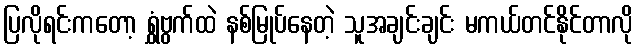
ပြလိုရင်းကတော့ ရွှံဗွက်ထဲ နစ်မြုပ်နေတဲ့ သူအချင်းချင်း မကယ်တင်နိုင်တာလို